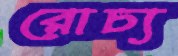
রোচ্য